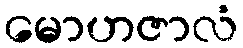
မောဟဇာလံ